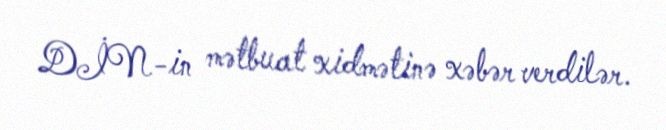
DİN-in mətbuat xidmətinə xəbər verdilər.